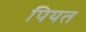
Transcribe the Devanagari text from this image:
पियत